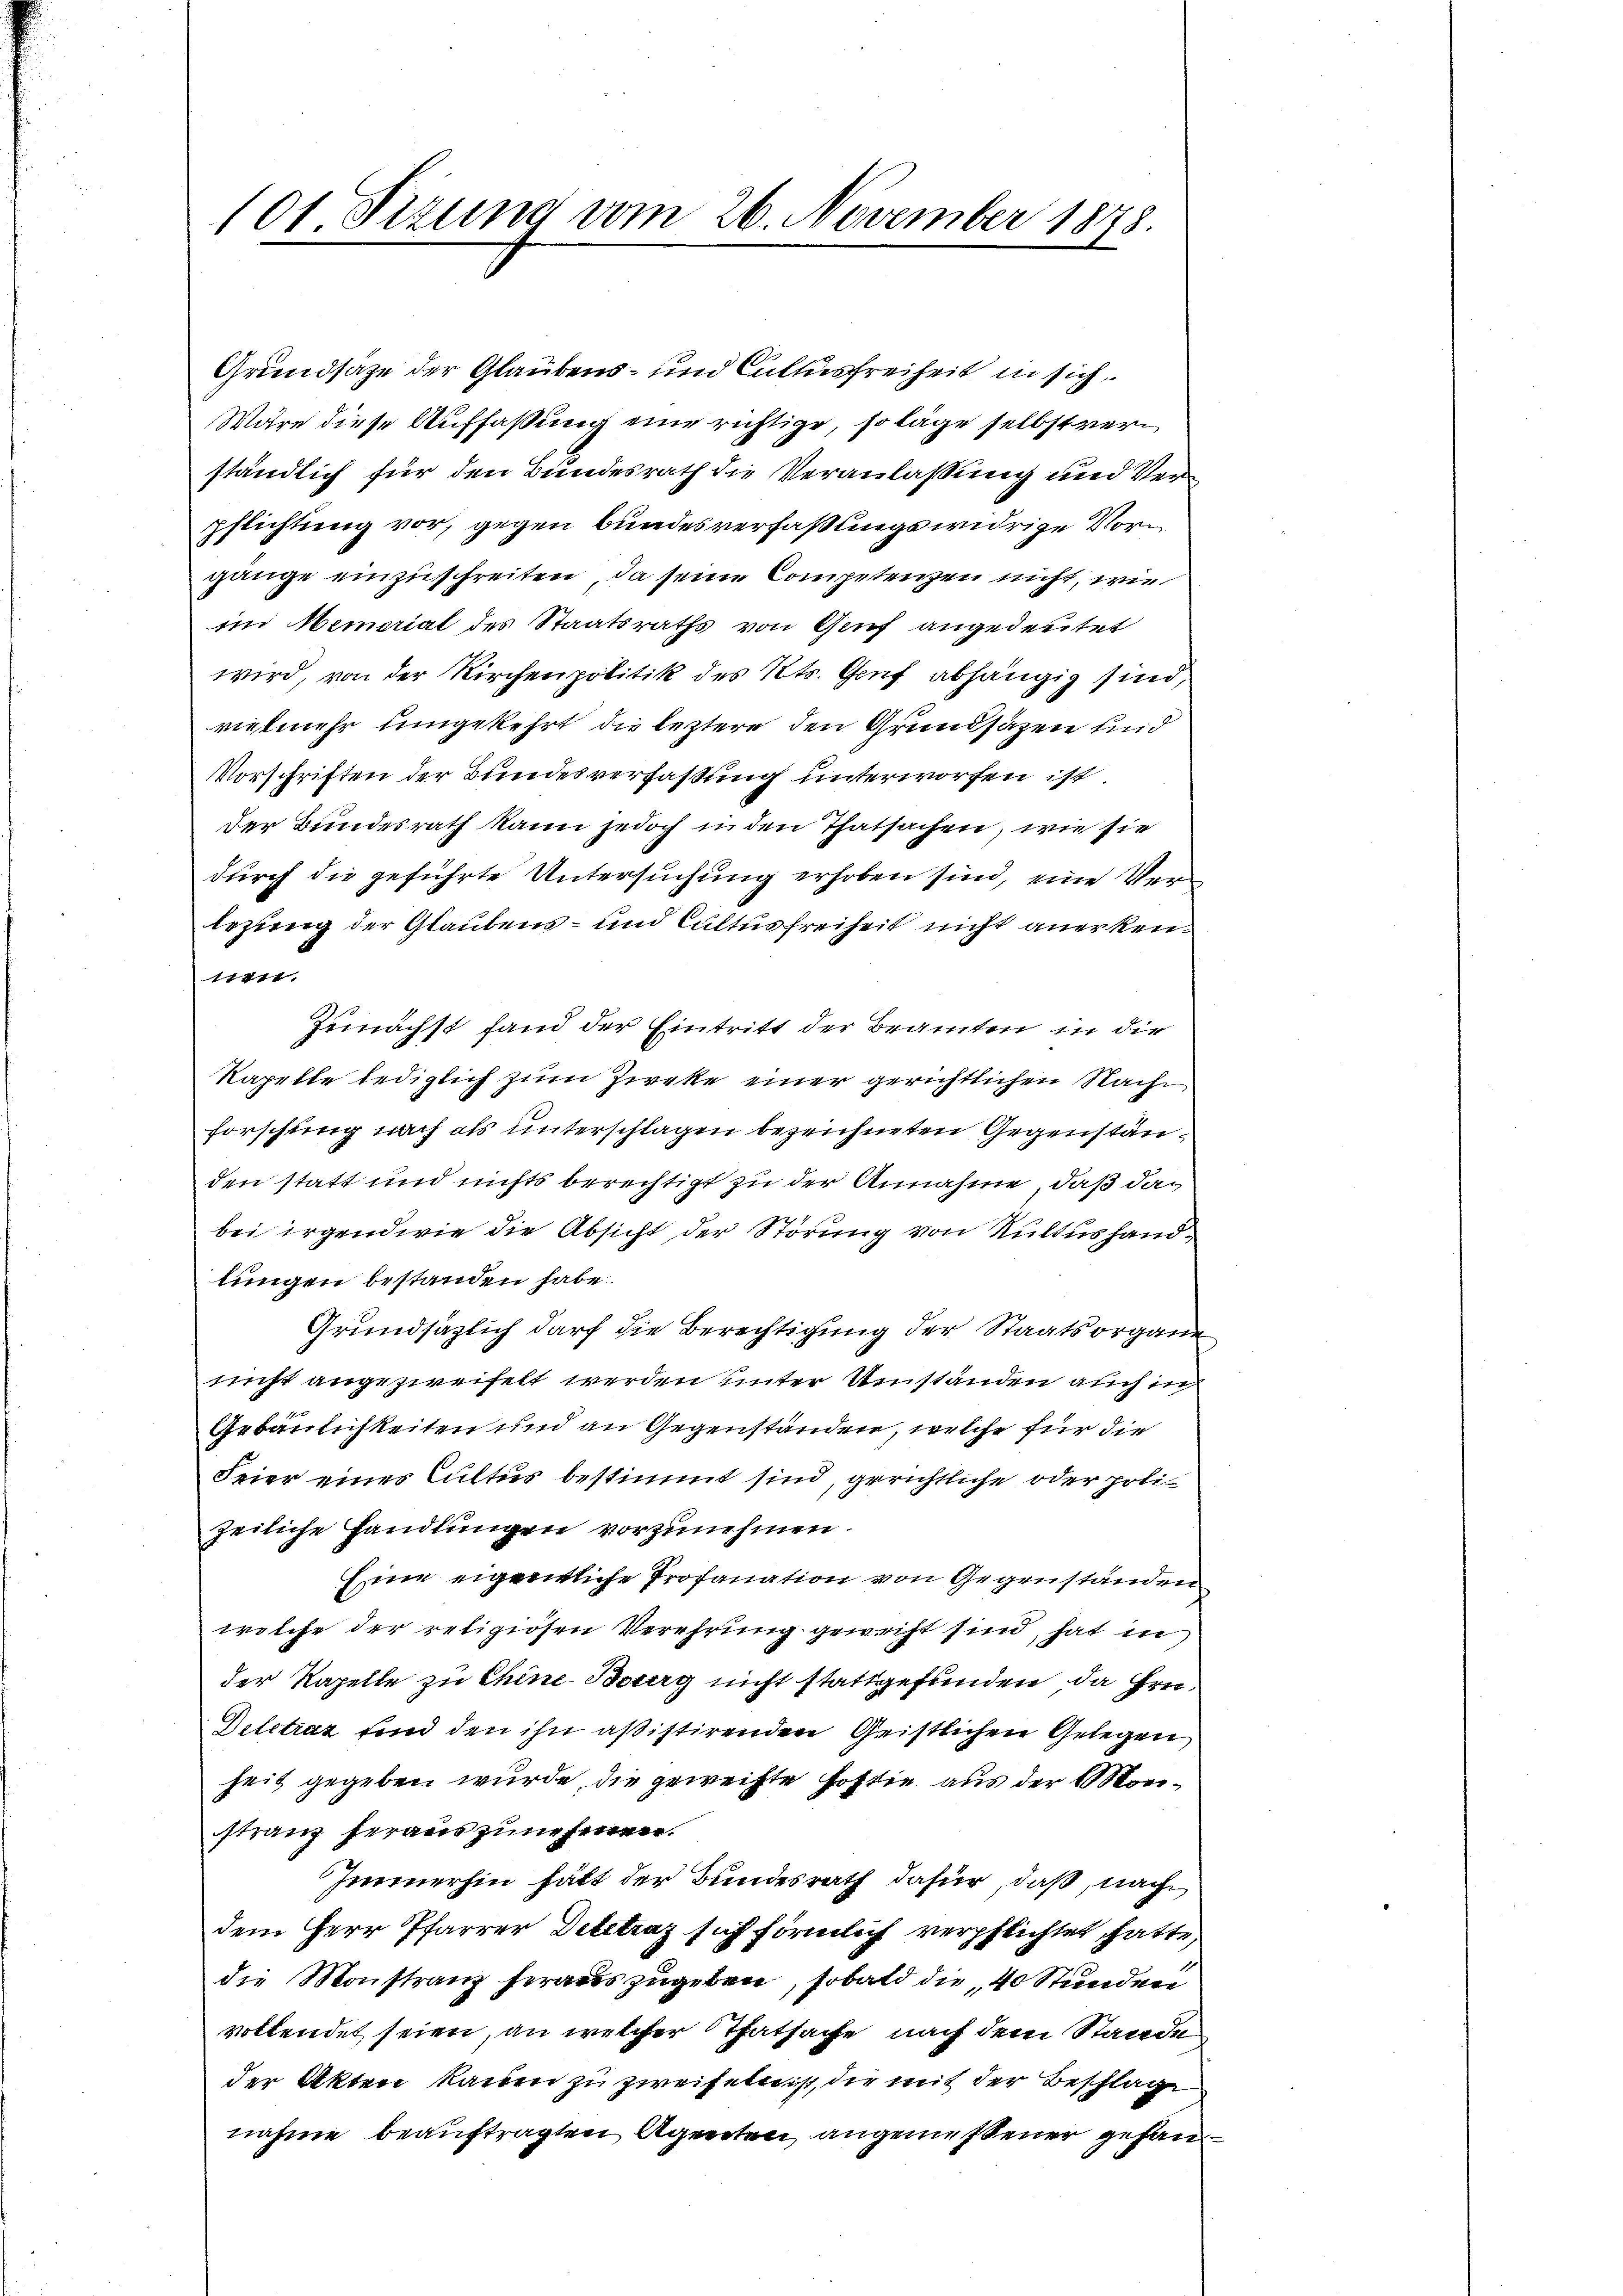
101 Sizung vom 26. November 1848

Grundsatze der Glaubens- und Cullusfreiheit in sich
Wäre diese Auffassung eine richtige, so läge selbst verständlich für den Bundesrath die Veranlassung und Verpflichtung vor, gegen bundesverfaßungswidrige Vorgänge einzuschreiten, da seine Competenzen nicht, wie
im Memorial des Staatsraths von Gruf angedeutet
wird, von der Kirchenpolitik des Kts. Genf abhängig sind,
vielmehr umgekehrt die leztere den Grundsäzen und
Vorschriften der Bundesverfassung unterworfen ist
der Bundesrath kann jedoch in den Thatsachen, wie sie
durch die geführte Untersuchung erhoben sind, eine Verlezung der Glaubens- und Cultus freiheit nicht anerken¬
1711
Zunächst fand der Eintritt der Beamten in dir
Kapelle lediglich zum Zirke einer gerichtlichen Sache
forschung nach als unterschlagen bezeichneten Gegenständen statt und nichts berechtigt zu der Annahme, daß dabei irgendwie die Absicht der Störung von Kultushandlungen bestanden habe.
Grundsätzlich darf die Berechtigung der Staatsorgane
nicht angezweifelt werden unter Umständen auch in
Gebäulichkeiten und an Gegenständen, welche für die
Feier eines Cultus bestimmt sind, gerichtliche oder polizeiliche Handlungen vorzunehmen.
Eine eigentliche Profanation von Gegenständen
welche der religiosen Verehrung geweist sind, hat in
der Kapelle zu Chine Batag nicht stattgefunden, da hin-
Detctraz und den ihn assistirenden Geistlichen Gelegen
heit gegeben wurde, die geweihte Postie aus der Monstranz heraus zunehmen.
Immerhin hält der Bundesrath dafür, daß, nach
dem Herr Pfarrer Dittraz sich förmlich verpflichtet hatte,
die Monstranz herauszugeben, sobald die 40 Stunden
vollendet seien, an welcher Thatsache nach dem Staade
der Akten kamen zu zweifeln ist, die mit der Beschlage
nahme beauftragten Agenten, angemessener gefan